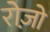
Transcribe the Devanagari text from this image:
रोज़ो